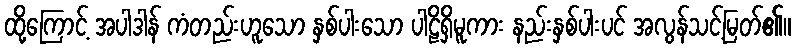
ထို့ကြောင့် အပါဒါန် ကံတည်းဟူသော နှစ်ပါးသော ပါဠိရှိမူကား နည်းနှစ်ပါးပင် အလွန်သင့်မြတ်၏။